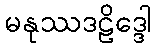
မနုဿဒဠိဒ္ဒေါ